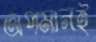
অপমানই